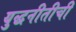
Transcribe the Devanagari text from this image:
युद्धनीतीची